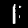
Digit: 1